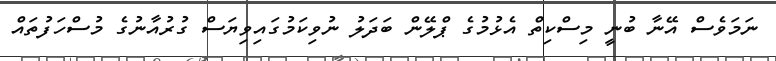
ނަމަވެސް އޭނާ ބުނީ މިސްކިތް އެޅުމުގެ ޕްލޭން ބަދަލު ނުވިކަމުގައިވިޔަސް ގުރުއާނުގެ މުސްހަފުތައް